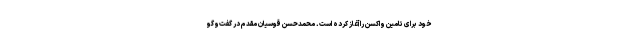
خود برای تامین واکسن را آغاز کرده است. محمدحسن قوسیان مقدم در گفت‌وگو